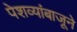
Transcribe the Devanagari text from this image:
पेशव्यांबाजूने